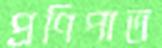
প্রণিপাত